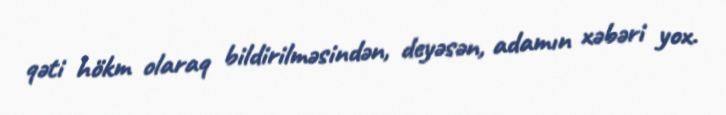
qəti hökm olaraq bildirilməsindən, deyəsən, adamın xəbəri yox.